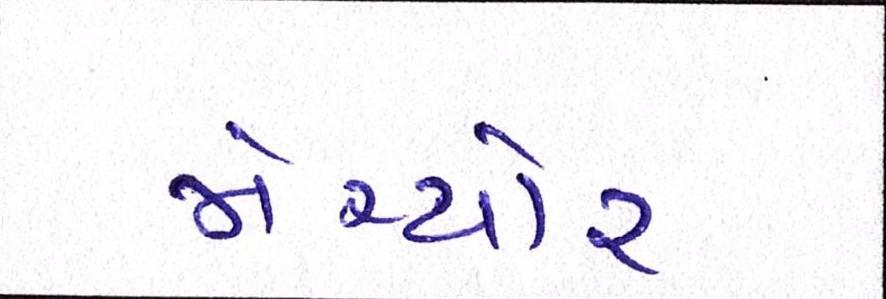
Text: મેચ્યોર